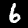
Label: 6